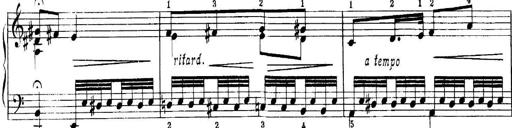
Title: Quatres sonatines
Composer: Tadeusz Joteyko